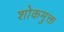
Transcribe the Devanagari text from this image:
शोकमुक्त